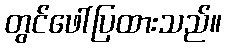
တွင်ဖေါ်ပြထားသည်။